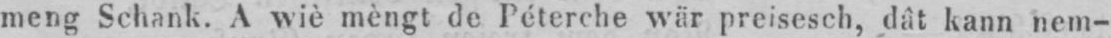
meng Schank. A wiè mèngt de Péterche wär preisesch, dât kann nem-